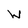
Character: W